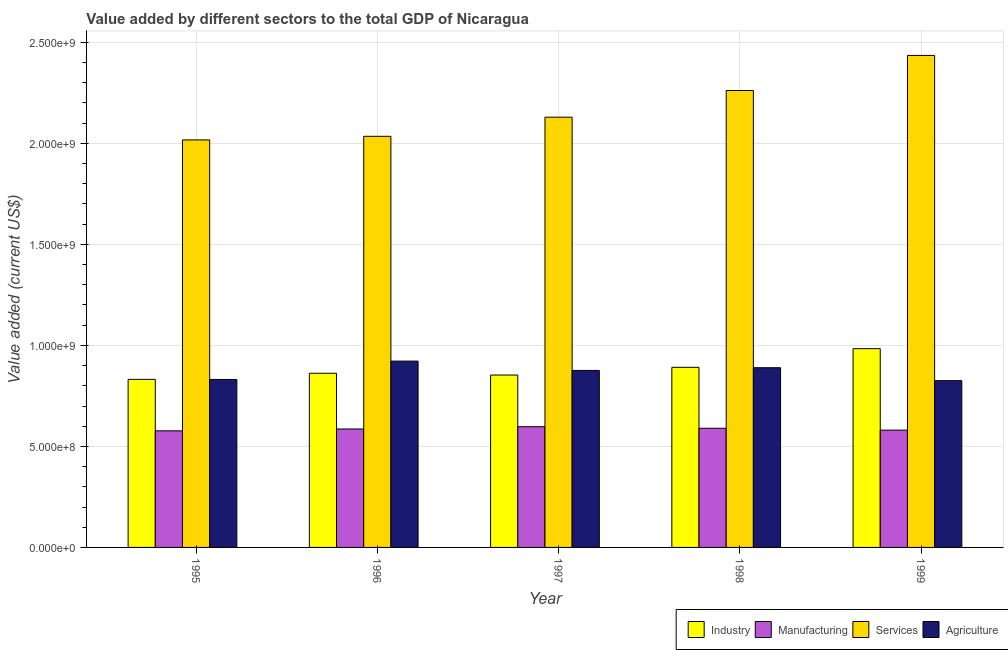
| Year | Industry | Manufacturing | Services | Agriculture |
 | --- | --- | --- | --- | --- |
 | 1995 | 8.32e+08 | 5.77e+08 | 2.02e+09 | 8.31e+08 |
 | 1996 | 8.62e+08 | 5.86e+08 | 2.03e+09 | 9.22e+08 |
 | 1997 | 8.53e+08 | 5.98e+08 | 2.13e+09 | 8.76e+08 |
 | 1998 | 8.91e+08 | 5.9e+08 | 2.26e+09 | 8.9e+08 |
 | 1999 | 9.84e+08 | 5.81e+08 | 2.44e+09 | 8.25e+08 |